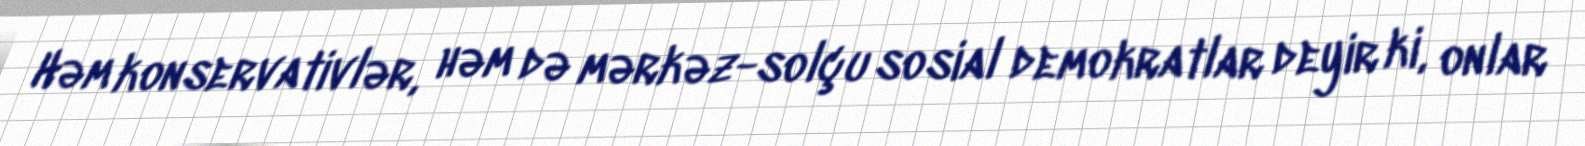
Həm konservativlər, həm də mərkəz-solçu sosial demokratlar deyir ki, onlar